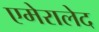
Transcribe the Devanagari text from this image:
एमेरालेद